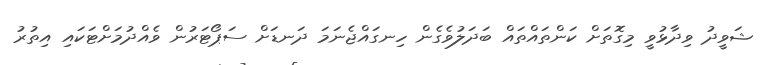
ޝަވީދު ވިދާޅުވީ މިގޮތަށް ކަންތައްތައް ބަދަލުވެގެން ހިނގައްޖެނަމަ ދަނޑަށް ސަޕޯޓަރުން ވެއްދުމަށްޓަކައި އިތުރު